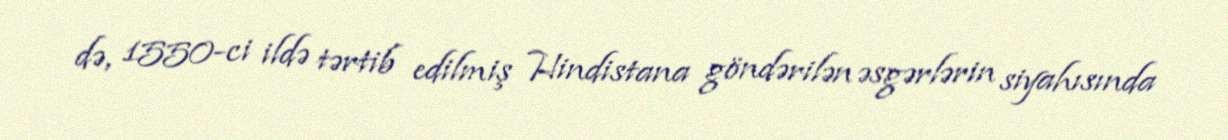
də, 1550-ci ildə tərtib edilmiş Hindistana göndərilən əsgərlərin siyahısında